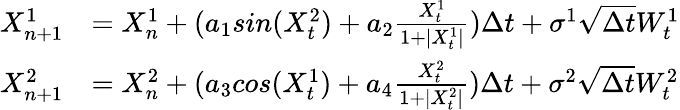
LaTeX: \begin{array}{rl}{X_{n+1}^{1}}&{=X_{n}^{1}+(a_{1}sin(X_{t}^{2})+a_{2}\frac{X_{t}^{1}}{1+|X_{t}^{1}|})\Delta t+\sigma^{1}\sqrt{\Delta t}W_{t}^{1}}\\ {X_{n+1}^{2}}&{=X_{n}^{2}+(a_{3}cos(X_{t}^{1})+a_{4}\frac{X_{t}^{2}}{1+|X_{t}^{2}|})\Delta t+\sigma^{2}\sqrt{\Delta t}W_{t}^{2}}\end{array}